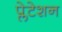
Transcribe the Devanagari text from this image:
प्लेटेशन